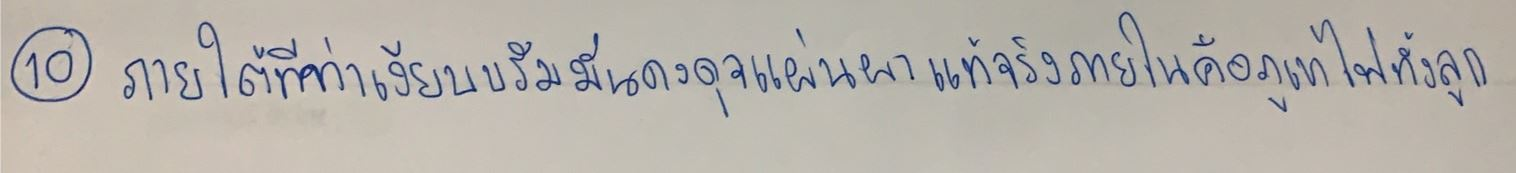
ภายใต้ทีท่าเงียบขรึมมั่นคงดุจแผ่นผาแท้จริงภายในคือภูเขาไฟทั้งลูก